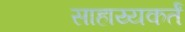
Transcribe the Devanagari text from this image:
साहाय्यकर्तं